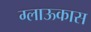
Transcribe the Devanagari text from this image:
ग्लाऊकास